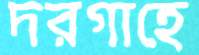
দরগাহে